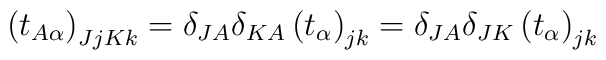
\left(t_{A\alpha}\right)_{JjKk}=\delta_{JA}\delta_{KA}\left(t_\alpha	\right)_{jk}=\delta_{JA}\delta_{JK}\left(t_\alpha\right)_{jk}